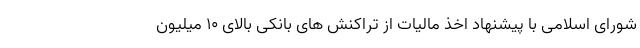
شورای اسلامی با پیشنهاد اخذ مالیات از تراکنش های بانکی بالای ۱۰ میلیون